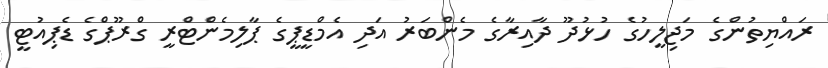
ރައްޔިތުންގެ މަޖިލީހުގެ ހުޅުދޫ ދާއިރާގެ މެންބަރު އަދި އެމްޑީޕީގެ ޕާލިމެންޓްރީ ގްރޫޕްގެ ޑެޕިއުޓީ